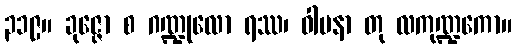
၃၁၉။ ခုဇ္ဇော စ ဂဏ္ဍုလော ရဿ၊ ဝါမနာ တု လကုဏ္ဍကော။